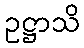
ဥဋ္ဌာသိ